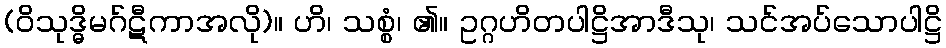
(ဝိသုဒ္ဓိမဂ်ဋီကာအလို)။ ဟိ၊ သစ္စံ၊ ၏။ ဥဂ္ဂဟိတပါဋ္ဌိအာဒီသု၊ သင်အပ်သောပါဋ္ဌိ